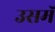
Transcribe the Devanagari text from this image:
उसमॅ